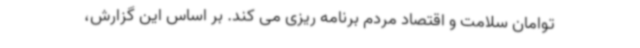
توامان سلامت و اقتصاد مردم برنامه ریزی می کند. بر اساس این گزارش،